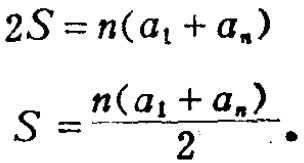
\[
\begin{align*}
2S&=n(a_1 + a_n)\\
S&=\frac{n(a_1 + a_n)}{2}.
\end{align*}
\]